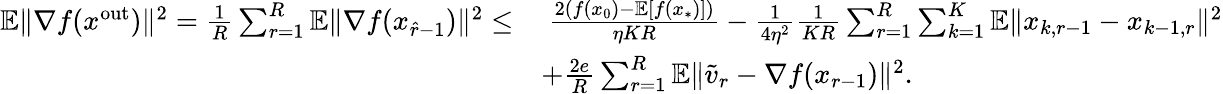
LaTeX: \begin{array}{rl}{\mathbb{E}\| \nabla f(x^{\mathrm{out}})\| ^{2}=\frac{1}{R}\sum_{r=1}^{R}\mathbb{E}\| \nabla f(x_{\hat{r}-1})\| ^{2}\leq}&{\ \frac{2(f(x_{0})-\mathbb{E}[f(x_{*})])}{\eta KR}-\frac{1}{4\eta^{2}}\frac{1}{KR}\sum_{r=1}^{R}\sum_{k=1}^{K}\mathbb{E}\| x_{k,r-1}-x_{k-1,r}\| ^{2}}\\ &{+\frac{2e}{R}\sum_{r=1}^{R}\mathbb{E}\| \widetilde v_{r}-\nabla f(x_{r-1})\| ^{2}.}\end{array}